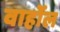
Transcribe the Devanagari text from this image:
वार्होल